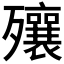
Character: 𣩽